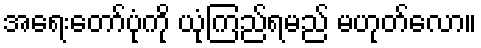
အရေးတော်ပုံကို ယုံကြည်ရမည် မဟုတ်လော။